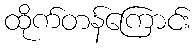
ထိုက်တန်ကြောင်း